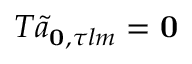
T \Tilde { a } _ { \mathbf { 0 } , \tau l m } = \mathbf { 0 }